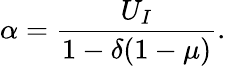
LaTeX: \alpha=\frac{U_{I}}{1-\delta(1-\mu)}.